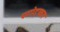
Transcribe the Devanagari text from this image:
पगोड़ाकार